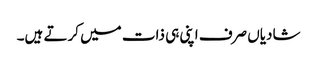
شادیاں صرف اپنی ہی ذات میں کرتے ہیں۔